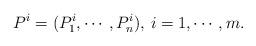
LaTeX: \begin{align*}P^i=(P^i_1,\cdots,P^i_n),\,i=1,\cdots,m.\end{align*}